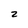
Character: 2